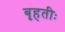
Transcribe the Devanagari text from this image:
बृहतीः